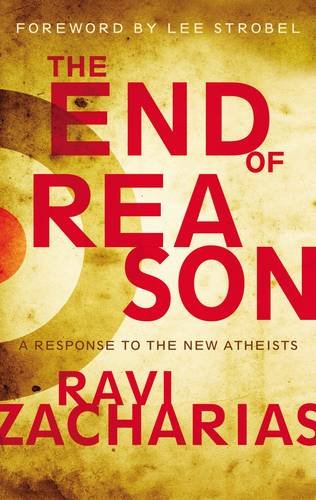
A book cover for The End of Reason: A Response to the New Atheists; Ravi Zacharias; Christian Books & Bibles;